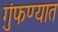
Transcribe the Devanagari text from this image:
गुंफण्यात